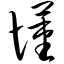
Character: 懂